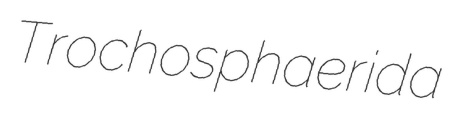
Trochosphaerida